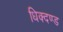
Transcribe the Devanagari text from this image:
धिक्दण्ड